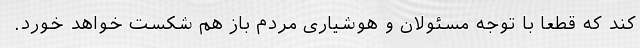
کند که قطعاً با توجه مسئولان و هوشیاری مردم باز هم شکست خواهد خورد.